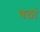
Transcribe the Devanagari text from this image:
यठां